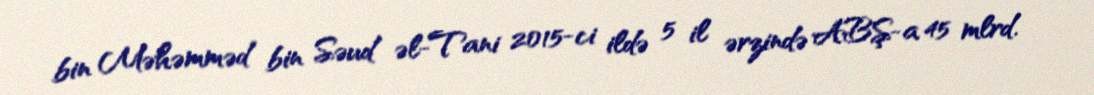
bin Məhəmməd bin Səud əl-Tani 2015-ci ildə 5 il ərzində ABŞ-a 45 mlrd.